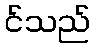
င်သည်